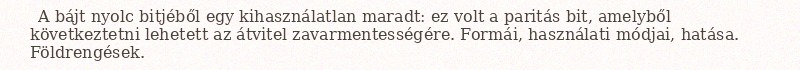
A bájt nyolc bitjéből egy kihasználatlan maradt: ez volt a paritás bit, amelyből következtetni lehetett az átvitel zavarmentességére. Formái, használati módjai, hatása. Földrengések.